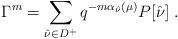
LaTeX: \begin{align*}\Gamma^m=\sum_{\hat{\nu}\in D^+}q^{-m\alpha_{\hat{\nu}}(\mu)}P[\hat{\nu}]\;.\end{align*}